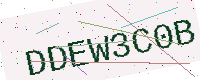
Text: DDEW3C0B